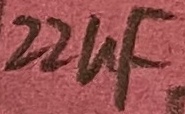
Text: 22uF